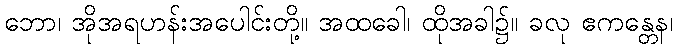
ဘော၊ အိုအရဟန်းအပေါင်းတို့။ အထခေါ၊ ထိုအခါ၌။ ခလု ဧကန္တေန၊